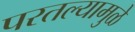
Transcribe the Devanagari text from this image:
परतल्यामुळे